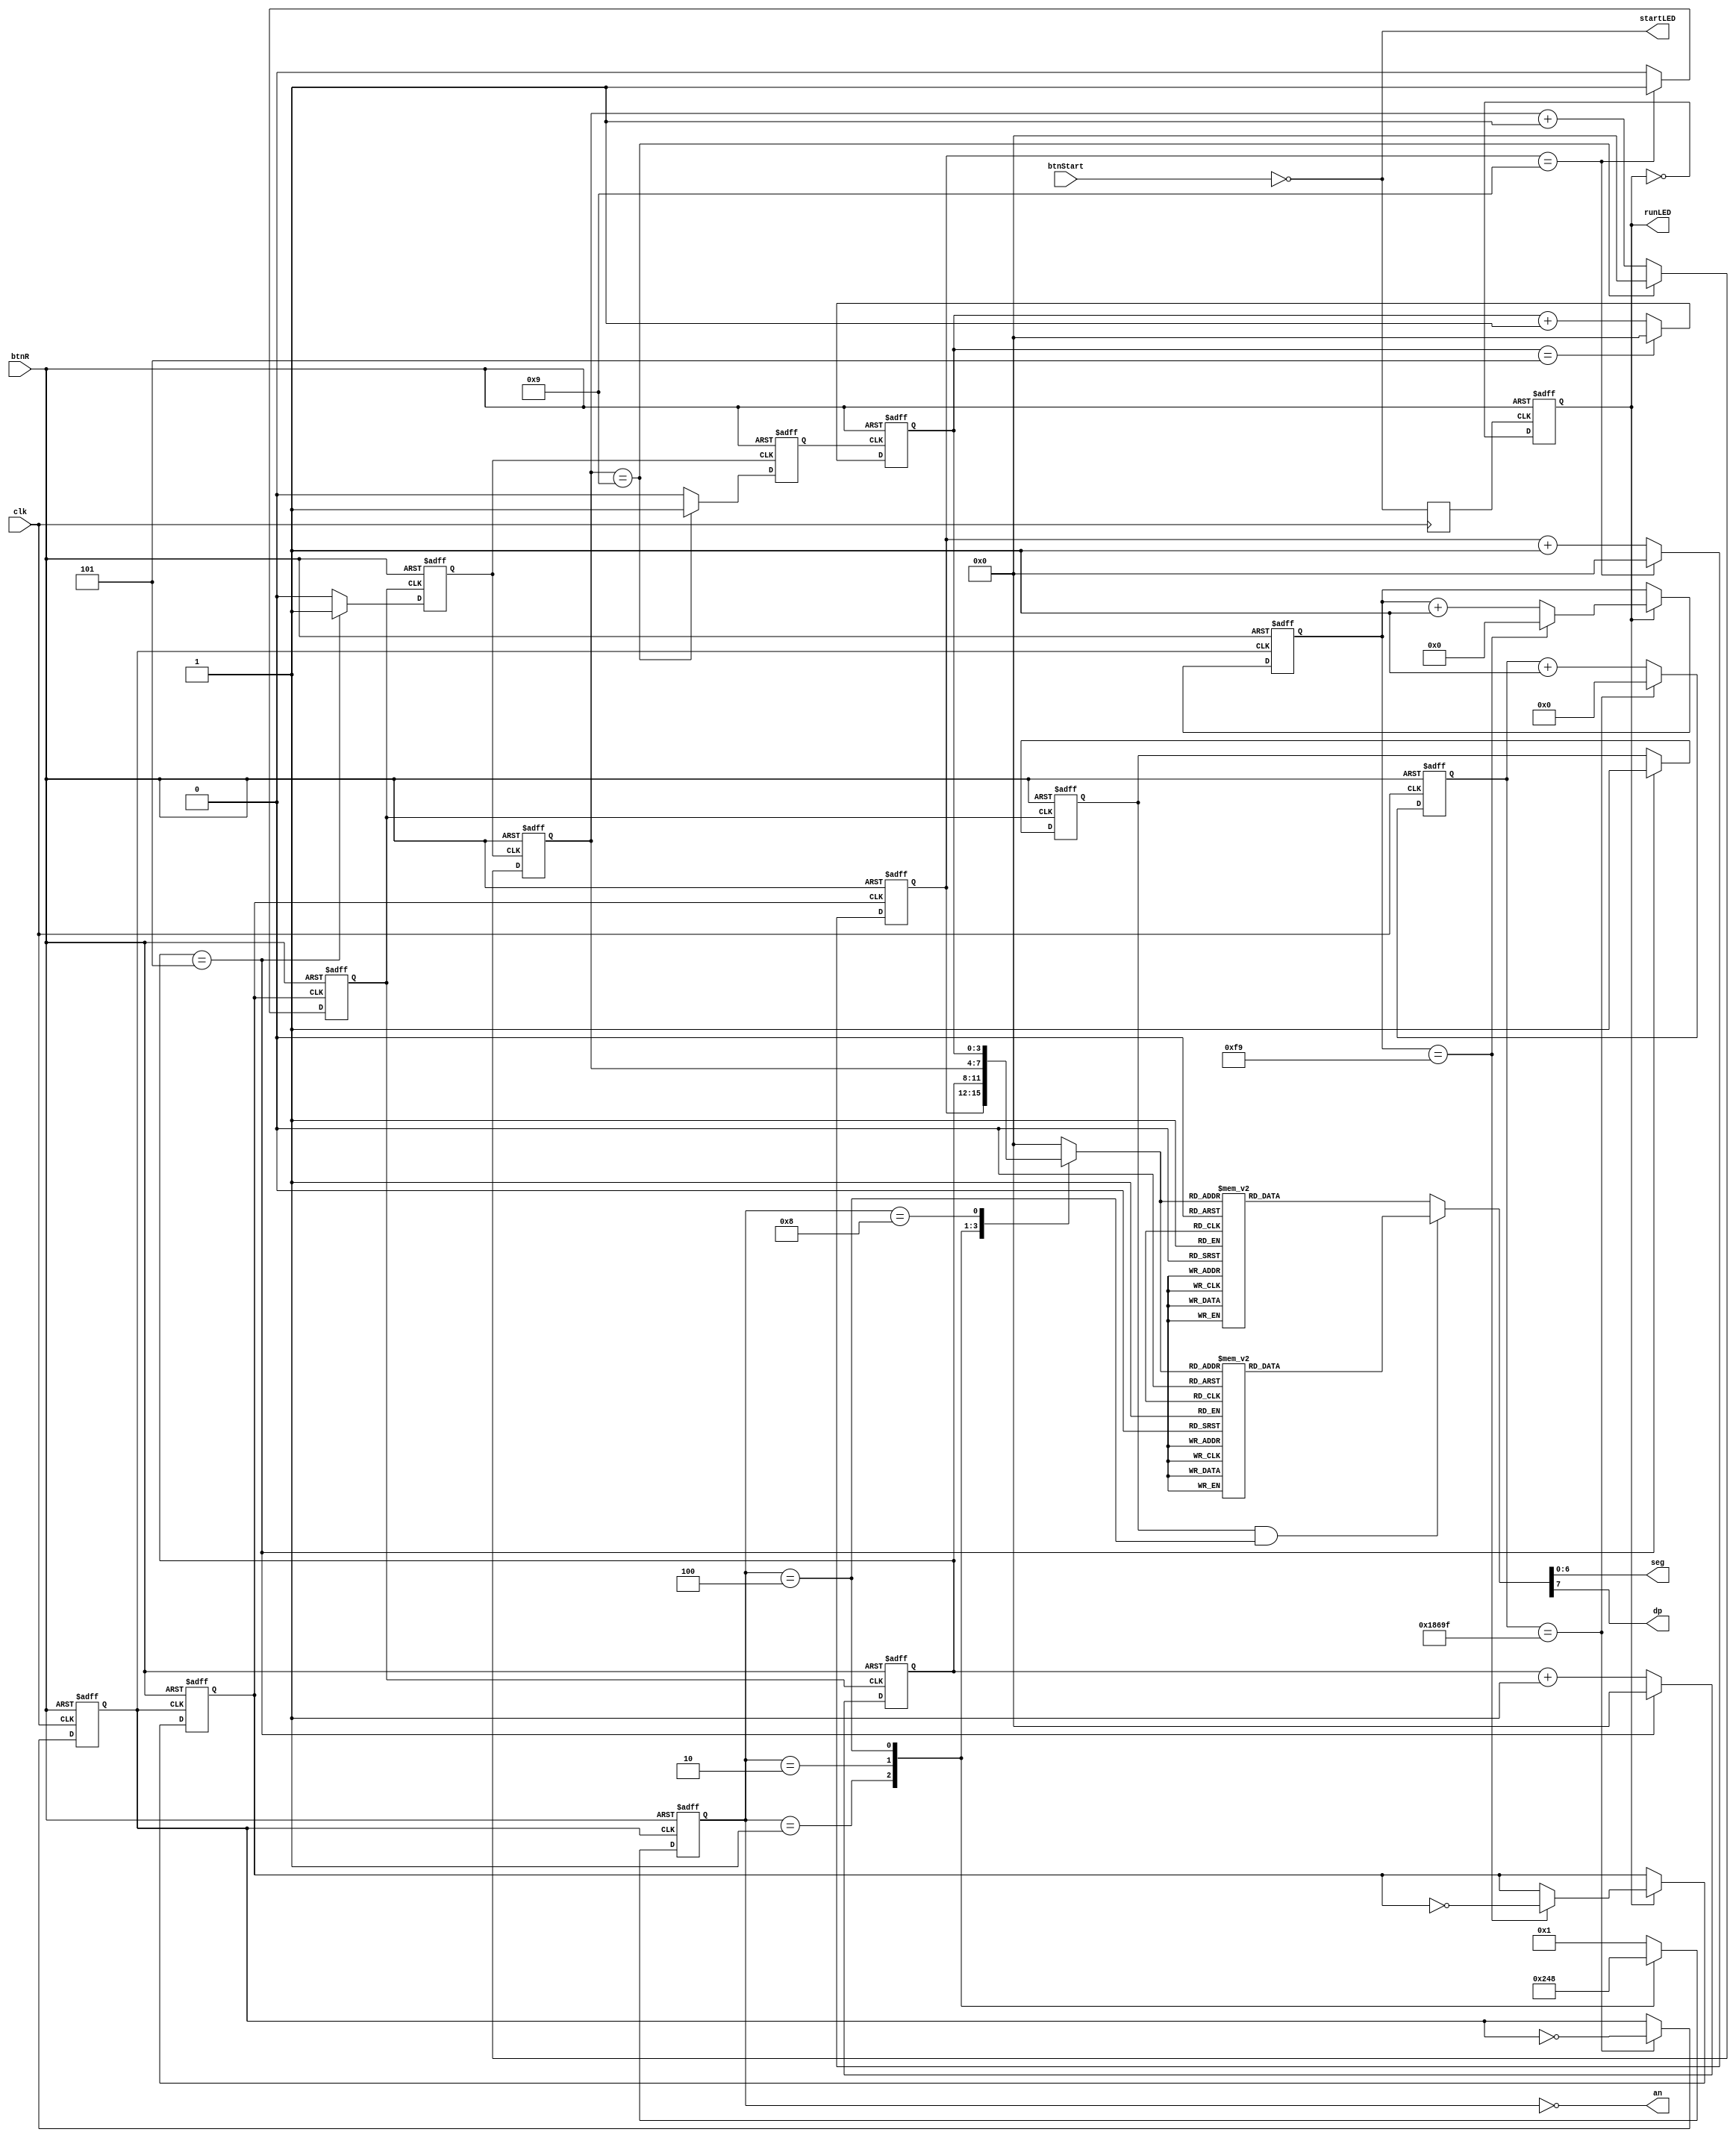
`timescale 1ns / 1ps
//////////////////////////////////////////////////////////////////////////////////
// Company: Singapore University of Technology and Design
// Design Name: Basys3 Demo - Stop Watch 
// Module Name: top_module
// Breif: This is a simple demo stop-watch project on Basys 3 FPGA Development Board;
// The stop watch will display time (MMSS) on 4 digs 7Segment; (M-Minute S-Second)
// The stop watch can be reset by btnR on board; 
// Target Devices: Basys 3 Board 
//////////////////////////////////////////////////////////////////////////////////

module top_module(
    input clk,      //100MHz Clock Source;
    input btnR,     //BTNR - RESET System;
    input btnStart, //BTNSTART - Start counting;
    output [6:0] seg,// 7-Segment - Segment[6:0];
    output dp,      // 7-Segment - Segment-DP;
    output [3:0] an, // 7-Segment - Common Anode;
    output runLED,  // led, running state
    output startLED // led, start button    these leds were added for debugging purpurses, and to show state of some registers
);

//Set BTNR Button as Reset Function;
//Normally, the digital systems prefer logic low as reset rather than logic high;
//Therefore, we declare a reset wire (rstn) which is connected to btnR with NOT gate;   
//Added startstop button to start, pause and resume counting 
wire rstn;
assign rstn=~btnR;
wire start;
assign start=~btnStart;
assign startLED=start;
//In this application, we need 2 clock, 1Hz and 500Hz;
//500Hz - Drive 7Segment Display;
//1Hz   - Drive Stop Watch;
//Create 500Hz and 1Hz Clock Signal from input 100Mhz Clk Signal;
reg clk_500hz_r;
reg clk_1hz_r;
reg [16:0]cnter_500hz_r;    // 100Mhz/(500Hz*2) =  100_000(17 bits);
reg [7:0] cnter_1hz_r;      // 500Hz/(1Hz*2) = 250 (8 bits)

reg running;  //running flag to keep trakc of paused/unpaused state
assign runLED=running;
reg start_r; // value to read button press into a register value during clock
reg dp_r; //decimal place memory register



always@(posedge clk)begin // things must always follow the clock, thus this function reads the start button state when clock ticks
    start_r <= start ;
end

always@(negedge start_r, negedge rstn)begin  //function to change the "running" state, resetting it upon reset button and start/stopping on the start button
        if(!rstn) begin
        running <= 0;
        end
        else 
        running<=~running;
        end
//Create 500Hz Clock from 100MHz Clock Source;
//We iterate the 100MHz clock signal 100,000 times and perform a toggle operation on the clk_500hz_r register;
always@(posedge clk, negedge rstn)begin
    if(!rstn)begin              //Non-Sync Reset
        clk_500hz_r <= 1'b0;    //Set 500hz clock as '0' to avoid any uncertain status;        
        cnter_500hz_r <= 17'd0; //Clear counter
    end
    else begin

        if(cnter_500hz_r == 17'd100_000-1'b1)begin   //When counter reach 100_000
            clk_500hz_r <= ~clk_500hz_r;        //Toggle 500Hz CLk reg;
            cnter_500hz_r <= 17'd0;             //Clear counter
        end
        else
            cnter_500hz_r <= cnter_500hz_r +1'b1; //Counter
        end
    end


//Create 1Hz Clock from 500Hz Clock Source;
always@(posedge clk_500hz_r, negedge rstn)begin
    if(!rstn)begin
        clk_1hz_r <= 1'b0;
        cnter_1hz_r <= 8'd0;
    end
    else begin
        if(running)begin                        //Interrupt of the counter tick up if running is not true, disables counting up unless running is true
        if(cnter_1hz_r == 8'd250-1'b1)begin
            clk_1hz_r <= ~clk_1hz_r;
            cnter_1hz_r <= 8'd0;
        end
        else
            cnter_1hz_r <= cnter_1hz_r +1'b1;
    end
end
end

//Drive 7Segment Display;
//There are 4 7Segment LED on the Basys 3 Board, which share segment driver;
//Hence, we have to turn on 4 7Segment LED in sequence;
reg [7:0] segment_r;        //Register - Drive 7 Segment
assign dp =  segment_r[7];  //Connnect Register(7-Segment) to Segment Pin-DP
assign seg[6:0] = segment_r[6:0];   //Connnect Register(7-Segment) to Segment Pin (seg[6:0])
reg [3:0] cur_num_r;        //Register - BCD Number Display at this moment; 
wire [15:0] bcd_num;        //Wire - 4 BCD Number;
reg [3:0] an_r;             //Register - Drive Common Anode;
assign an = ~an_r;  //Connnect Register(Anode) to Anode Pins with NOT Gate;      
                            //If 7Segment is Common Cathod, connect Pins without NOT Gate
                            
//Drive 7Segment Anode;
//When an_r == 0001, DIG4 will turn on;
//When an_r == 0001, at posedge clk_500hz_r, an_r will be set to 0010(DIG3 ON);
//When an_r == 0010, at posedge clk_500hz_r, an_r will be set to 0100(DIG2 ON);
//....
//DIG4 -> DIG3 -> DIG2 -> DIG1 -> DIG4 -> DIG3 -> DIG2 -> ...;
always @(negedge rstn,posedge clk_500hz_r)begin
    if(!rstn)begin
        an_r <= 4'b0000;    //When system reset, empty all display;
    end
    else begin
        case(an_r)                  
        4'b0001: an_r <= 4'b0010;   //DISPLAY ON DIG3
        4'b0010: an_r <= 4'b0100;   //DISPLAY ON DIG2
        4'b0100: an_r <= 4'b1000;   //DISPLAY ON DIG1
        default: an_r <= 4'b0001;   //DISPLAY ON DIG4
        endcase
    end
end

//When DIG4 on, BCD Number Display at this moment is bcd_num[3:0];  (i.e Stop Watch - Second Unit)
//When DIG3 on, BCD Number Display at this moment is bcd_num[7:4];  (i.e Stop Watch - Second Decade)
//When DIG2 on, BCD Number Display at this moment is bcd_num[11:8]; (i.e Stop Watch - Minute Unit)
//When DIG1 on, BCD Number Display at this moment is bcd_num[15:12];(i.e Stop Watch - Minute Decade)
always @(an_r,bcd_num)begin
    case(an_r)
        4'b0001: cur_num_r <= bcd_num[3:0];
        4'b0010: cur_num_r <= bcd_num[7:4];
        4'b0100: cur_num_r <= bcd_num[11:8];
        4'b1000: cur_num_r <= bcd_num[15:12];
        default: cur_num_r <= 4'b0;
    endcase    
end

//Decode BCD NUM into corrosponding 7Segment Code;
always @(cur_num_r) begin
if (dp_r && (an_r==4'b0100)) begin  //if writing to the minute unit count (digit 2) and decimal register is true
    case(cur_num_r)
        4'h0:segment_r <= 7'h40;    //NUM "0."
        4'h1:segment_r <= 7'h4f;    //NUM "1."
        4'h2:segment_r <= 7'h24;    //NUM "2."
        4'h3:segment_r <= 7'h30;    //NUM "3."
        4'h4:segment_r <= 7'h19;    //NUM "4."
        4'h5:segment_r <= 7'h12;    //NUM "5."
        4'h6:segment_r <= 7'h02;    //NUM "6."
        4'h7:segment_r <= 7'h78;    //NUM "7."
        4'h8:segment_r <= 7'h00;    //NUM "8."
        4'h9:segment_r <= 7'h10;    //NUM "9."
        default: segment_r <= 7'h7f;
    endcase
    end
    else begin
        case(cur_num_r)
        4'h0:segment_r <= 8'hc0;    //NUM "0"
        4'h1:segment_r <= 8'hf9;    //NUM "1"
        4'h2:segment_r <= 8'ha4;    //NUM "2"
        4'h3:segment_r <= 8'hb0;    //NUM "3"
        4'h4:segment_r <= 8'h99;    //NUM "4"
        4'h5:segment_r <= 8'h92;    //NUM "5"
        4'h6:segment_r <= 8'h82;    //NUM "6"
        4'h7:segment_r <= 8'hF8;    //NUM "7"
        4'h8:segment_r <= 8'h80;    //NUM "8"
        4'h9:segment_r <= 8'h90;    //NUM "9"
        default: segment_r <= 8'hff;
        // 4'ha:segment_r <= 8'h88;    //NUM "A" - HEX NUMBER DISPLAY
        // 4'hb:segment_r <= 8'h83;    //NUM "b"
        // 4'hc:segment_r <= 8'hc6;    //NUM "C"
        // 4'hd:segment_r <= 8'ha1;    //NUM "D"
        // 4'he:segment_r <= 8'h86;    //NUM "E"
        // 4'hf:segment_r <= 8'h8e;    //NUM "F"
    endcase
    end
end

// Timer Section is composed with 4 BCD Number counter(Minute Decade,Minute Unit, Second Decade, Minute Unit);
reg [3:0] sec_unit_bcd_r,sec_deca_bcd_r,min_unit_bcd_r,min_deca_bcd_r; //Register - (Minute Decade,Minute Unit, Second Decade, Second Unit);
reg sec_unit_cout,sec_deca_cout,min_unit_cout; //Carry Out Signal, When 4 BCD Number counter reach upper limit, it will generate a cout signal;

//Counter           Upper Limit
//Minute Decade     5
//Minute Unit       9
//Second Decade     5
//Second Unit       9

always @(posedge clk_1hz_r or negedge rstn)begin
    if(!rstn)begin
        sec_unit_bcd_r <= 4'd0; //Clear BCD Number Counter;
        sec_unit_cout <= 1'b0;  //Clear Cout Signal;
    end
    else begin
        if(sec_unit_bcd_r == 4'h9)begin
            sec_unit_cout <= 1'b1;  //Cout generate a posedge;
            sec_unit_bcd_r <= 4'd0; //Clear BCD Number Counter;
        end
        else begin
            sec_unit_cout <= 1'b0;                      //Clear Cout Signal;
            sec_unit_bcd_r <= sec_unit_bcd_r + 1'b1; // BCD Number Counter increase by '1';
        end
    end
end

always @(posedge sec_unit_cout or negedge rstn)begin
    if(!rstn)begin
        sec_deca_bcd_r <= 4'd0;
        sec_deca_cout <= 1'b0;
        dp_r<=0; //disable decimal place memory
    end
    else begin
        if(sec_deca_bcd_r == 4'h5)begin
            sec_deca_cout <= 1'b1;
            sec_deca_bcd_r <= 4'd0;
            dp_r <= 1; //enable decimal place memory
        end
        else begin
            sec_deca_cout <= 1'b0;
            sec_deca_bcd_r <= sec_deca_bcd_r + 1'b1;
        end
    end
end

always @(posedge sec_deca_cout or negedge rstn)begin
    if(!rstn)begin
        min_unit_bcd_r <= 4'd0;
        min_unit_cout <= 1'b0;
    end
    else begin
        if(min_unit_bcd_r == 4'h9)begin
            min_unit_cout <= 1'b1;
            min_unit_bcd_r <= 4'd0;
        end
        else begin
            min_unit_cout <= 1'b0;
            min_unit_bcd_r <= min_unit_bcd_r + 1'b1;
        end
    end
end

always @(posedge min_unit_cout or negedge rstn)begin
    if(!rstn)begin
        min_deca_bcd_r <= 4'd0;
    end
    else begin
        if(min_deca_bcd_r == 4'h5)begin
            min_deca_bcd_r <= 4'd0;
        end
        else begin
            min_deca_bcd_r <= min_deca_bcd_r + 1'b1;
        end
    end
end

//When DIG4 on, BCD Number Display at this moment is bcd_num[3:0];  (i.e Stop Watch - Second Unit)
//When DIG3 on, BCD Number Display at this moment is bcd_num[7:4];  (i.e Stop Watch - Second Decade)
//When DIG2 on, BCD Number Display at this moment is bcd_num[11:8]; (i.e Stop Watch - Minute Unit)
//When DIG1 on, BCD Number Display at this moment is bcd_num[15:12];(i.e Stop Watch - Minute Decade)
assign  bcd_num[15:12]  = min_deca_bcd_r;
assign  bcd_num[11:8]   = min_unit_bcd_r;
assign  bcd_num[7:4]    = sec_deca_bcd_r;
assign  bcd_num[3:0]    = sec_unit_bcd_r;

endmodule